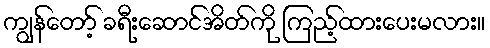
ကျွန်တော့် ခရီးဆောင်အိတ်ကို ကြည့်ထားပေးမလား။